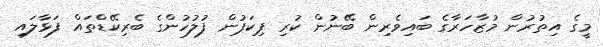
މީގެ އިތުރުން މުޒާހަރާގެ ބައިވެރިން ބޭނުން ކުރި ޕިކަޕުން ފުލުހުންގެ ބެރިކޭޑްތައް ފަޅާލައި